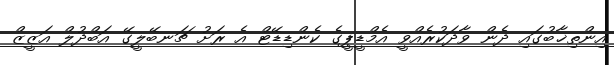
އިންތިޚާބުގައި ދެން ވާދަކުރެއްވީ އެމްޑީޕީގެ ކެންޑިޑޭޓް އެ ރަށު ޗަނބޭލީގޭ އަބްދުލް އަޒީޒް